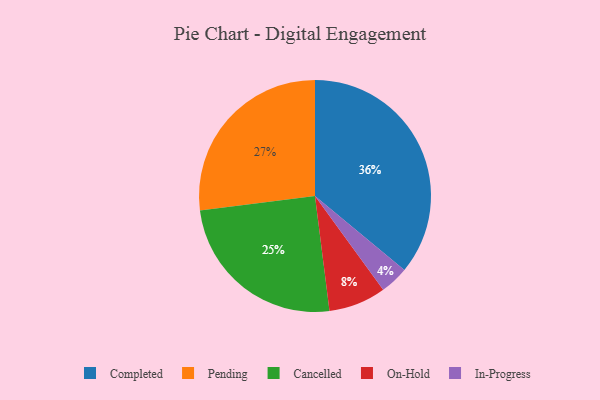
{"axis": {"x": "Category", "y": "Percentage"}, "legend": ["Cancelled", "Completed", "In-Progress", "On-Hold", "Pending"], "data": [{"x": "Cancelled", "y": 25, "type": "Cancelled"}, {"x": "In-Progress", "y": 4, "type": "In-Progress"}, {"x": "Pending", "y": 27, "type": "Pending"}, {"x": "On-Hold", "y": 8, "type": "On-Hold"}, {"x": "Completed", "y": 36, "type": "Completed"}]}